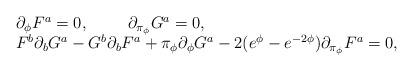
LaTeX: \begin{align*}\left.\begin{array}{l}\partial_{\phi}F^{a}=0, \,\,\,\,\,\,\,\,\,\,\,\,\,\,\partial_{\pi_{\phi}}G^{a}=0, \\F^{b}\partial_{b}G^{a}- G^{b}\partial_{b}F^{a} +\pi_{\phi} \partial_{\phi}G^{a}- 2 (e^{\phi} - e^{-2\phi}) \partial_{\pi_{\phi}}F^{a} =0,\end{array}\right.\end{align*}